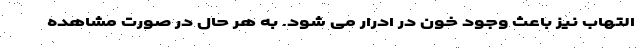
التهاب نیز باعث وجود خون در ادرار می شود. به هر حال در صورت مشاهده